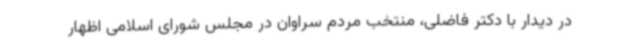
در دیدار با دکتر فاضلی، منتخب مردم سراوان در مجلس شورای اسلامی اظهار